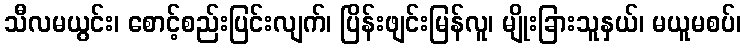
သီလမယွင်း၊ စောင့်စည်းပြင်းလျက်၊ ပြိန်းဖျင်းမြန်လူ၊ မျိုးခြားသူနှယ်၊ မယူမစပ်၊